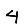
Digit: 4